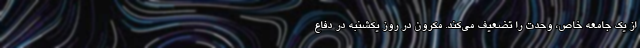
از یک جامعه خاص، وحدت را تضعیف می‌کند. مکرون در روز یکشنبه در دفاع